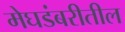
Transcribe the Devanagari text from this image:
मेघडंबरीतील